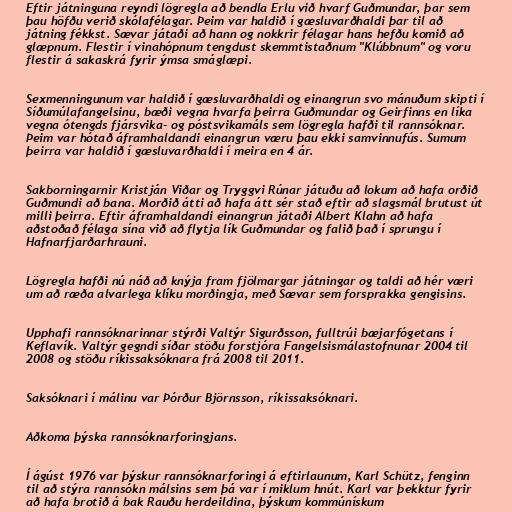
Eftir játninguna reyndi lögregla að bendla Erlu við hvarf Guðmundar, þar sem
þau höfðu verið skólafélagar. Þeim var haldið í gæsluvarðhaldi þar til að
játning fékkst. Sævar játaði að hann og nokkrir félagar hans hefðu komið að
glæpnum. Flestir í vinahópnum tengdust skemmtistaðnum "Klúbbnum" og voru
flestir á sakaskrá fyrir ýmsa smáglæpi.

Sexmenningunum var haldið í gæsluvarðhaldi og einangrun svo mánuðum skipti í
Síðumúlafangelsinu, bæði vegna hvarfa þeirra Guðmundar og Geirfinns en líka
vegna ótengds fjársvika- og póstsvikamáls sem lögregla hafði til rannsóknar.
Þeim var hótað áframhaldandi einangrun væru þau ekki samvinnufús. Sumum
þeirra var haldið í gæsluvarðhaldi í meira en 4 ár.

Sakborningarnir Kristján Viðar og Tryggvi Rúnar játuðu að lokum að hafa orðið
Guðmundi að bana. Morðið átti að hafa átt sér stað eftir að slagsmál brutust út
milli þeirra. Eftir áframhaldandi einangrun játaði Albert Klahn að hafa
aðstoðað félaga sína við að flytja lík Guðmundar og falið það í sprungu í
Hafnarfjarðarhrauni.

Lögregla hafði nú náð að knýja fram fjölmargar játningar og taldi að hér væri
um að ræða alvarlega klíku morðingja, með Sævar sem forsprakka gengisins.

Upphafi rannsóknarinnar stýrði Valtýr Sigurðsson, fulltrúi bæjarfógetans í
Keflavík. Valtýr gegndi síðar stöðu forstjóra Fangelsismálastofnunar 2004 til
2008 og stöðu ríkissaksóknara frá 2008 til 2011.

Saksóknari í málinu var Þórður Björnsson, ríkissaksóknari.

Aðkoma þýska rannsóknarforingjans.

Í ágúst 1976 var þýskur rannsóknarforingi á eftirlaunum, Karl Schütz, fenginn
til að stýra rannsókn málsins sem þá var í miklum hnút. Karl var þekktur fyrir
að hafa brotið á bak Rauðu herdeildina, þýskum kommúnískum